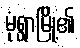
မုံရွာမြို့၏